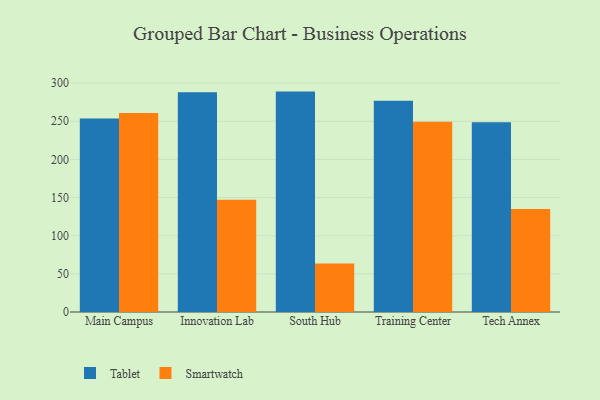
{"axis": {"x": "Campus", "y": "Market Share (%)"}, "legend": ["Smartwatch", "Tablet"], "data": [{"x": "Main Campus", "y": 253.8, "type": "Tablet"}, {"x": "Main Campus", "y": 260.9, "type": "Smartwatch"}, {"x": "Innovation Lab", "y": 288.1, "type": "Tablet"}, {"x": "Innovation Lab", "y": 147.2, "type": "Smartwatch"}, {"x": "South Hub", "y": 288.9, "type": "Tablet"}, {"x": "South Hub", "y": 63.6, "type": "Smartwatch"}, {"x": "Training Center", "y": 277.0, "type": "Tablet"}, {"x": "Training Center", "y": 249.5, "type": "Smartwatch"}, {"x": "Tech Annex", "y": 248.8, "type": "Tablet"}, {"x": "Tech Annex", "y": 135.1, "type": "Smartwatch"}]}